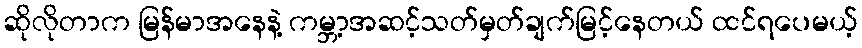
ဆိုလိုတာက မြန်မာအနေနဲ့ ကမ္ဘာ့အဆင့်သတ်မှတ်ချက်မြင့်နေတယ် ထင်ရပေမယ့်